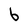
Character: b